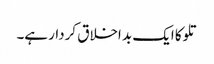
تلوکا ایک بد اخلاق کردار ہے۔